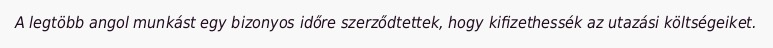
A legtöbb angol munkást egy bizonyos időre szerződtettek, hogy kifizethessék az utazási költségeiket.